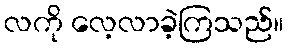
လကို လေ့လာခဲ့ကြသည်။